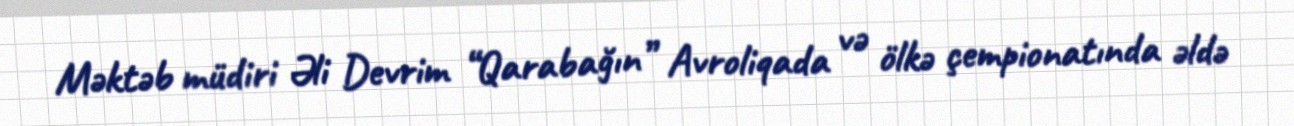
Məktəb müdiri Əli Devrim “Qarabağın” Avroliqada və ölkə çempionatında əldə